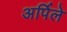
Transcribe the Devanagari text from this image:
अर्पिले